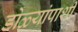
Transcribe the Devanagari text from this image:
डोळ्यांपाशी